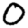
Digit: 0